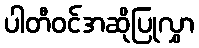
ပါတီဝင်အဆိုပြုလွှာ